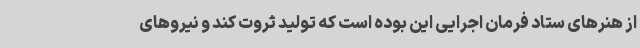
از هنرهای ستاد فرمان اجرایی این بوده است که تولید ثروت کند و نیروهای